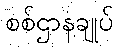
စစ်ဌာနချုပ်